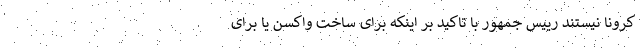
کرونا نیستند رییس جمهور با تاکید بر اینکه برای ساخت واکسن یا برای